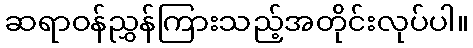
ဆရာဝန်ညွှန်ကြားသည့်အတိုင်းလုပ်ပါ။